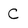
Character: C